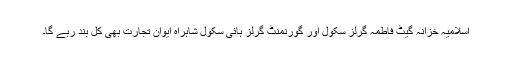
اسلامیہ خزانہ گیٹ فاطمہ گرلز سکول اور گورنمنٹ گرلز ہائی سکول شاہراہ ایوان تجارت بھی کل بند رہے گا۔